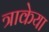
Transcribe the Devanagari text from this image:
त्राकेया